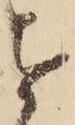
を